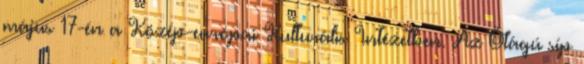
május 17-én a Közép-európai Kulturális Intézetben. Az Ötágú síp